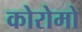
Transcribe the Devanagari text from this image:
कोरोमो